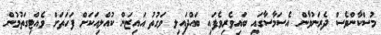
މުސްކާންވެސް ދެރަނުވާން އެސަމާސާގައި ބައިވެރިވެފައި ބައްދައިލި ވަގުތު އައިޒަން ކުއްލިއަކަށް ފަހަތަށް ވެއްޓިގަތުމުން